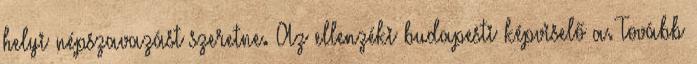
helyi népszavazást szeretne. Az ellenzéki budapesti képviselő a. Tovább